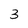
Character: 3